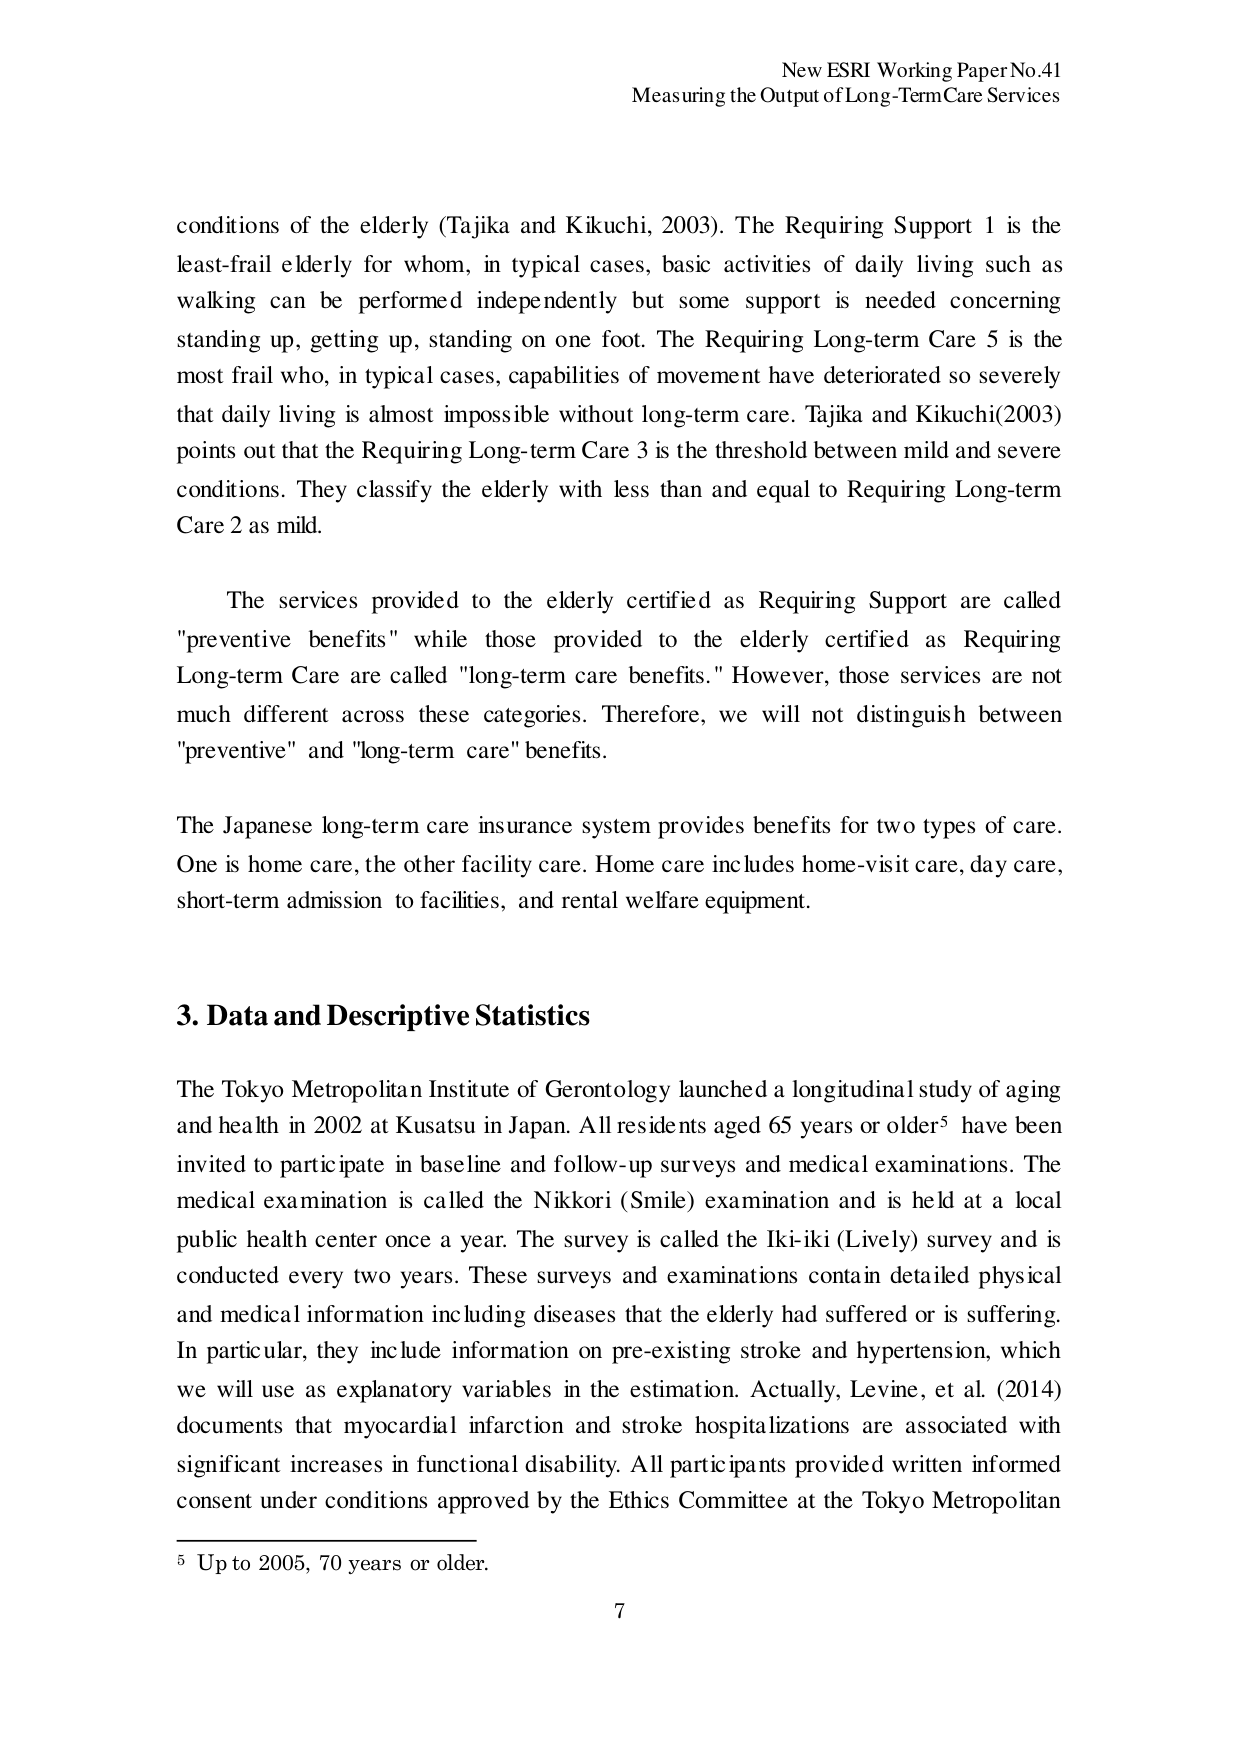
New ESRI Working Paper No.41
Measuring the Output of Long-Term Care Services

conditions of the elderly (Tajika and Kikuchi, 2003). The Requiring Support 1 is the least-frail elderly for whom, in typical cases, basic activities of daily living such as walking can be performed independently but some support is needed concerning standing up, getting up, standing on one foot. The Requiring Long-term Care 5 is the most frail who, in typical cases, capabilities of movement have deteriorated so severely that daily living is almost impossible without long-term care. Tajika and Kikuchi(2003) points out that the Requiring Long-term Care 3 is the threshold between mild and severe conditions. They classify the elderly with less than and equal to Requiring Long-term Care 2 as mild.

The services provided to the elderly certified as Requiring Support are called "preventive benefits" while those provided to the elderly certified as Requiring Long-term Care are called "long-term care benefits." However, those services are not much different across these categories. Therefore, we will not distinguish between "preventive" and "long-term care" benefits.

The Japanese long-term care insurance system provides benefits for two types of care. One is home care, the other facility care. Home care includes home-visit care, day care, short-term admission to facilities, and rental welfare equipment.

3. Data and Descriptive Statistics

The Tokyo Metropolitan Institute of Gerontology launched a longitudinal study of aging and health in 2002 at Kusatsu in Japan. All residents aged 65 years or older⁵ have been invited to participate in baseline and follow-up surveys and medical examinations. The medical examination is called the Nikkori (Smile) examination and is held at a local public health center once a year. The survey is called the Iki-iki (Lively) survey and is conducted every two years. These surveys and examinations contain detailed physical and medical information including diseases that the elderly had suffered or is suffering. In particular, they include information on pre-existing stroke and hypertension, which we will use as explanatory variables in the estimation. Actually, Levine, et al. (2014) documents that myocardial infarction and stroke hospitalizations are associated with significant increases in functional disability. All participants provided written informed consent under conditions approved by the Ethics Committee at the Tokyo Metropolitan

⁵ Up to 2005, 70 years or older.

7